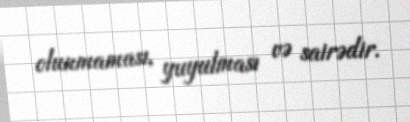
olunmaması, yuyulması və sairədir.